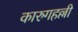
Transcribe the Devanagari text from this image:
कारुगहल्ली